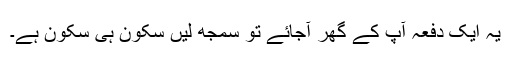
یہ ایک دفعہ آپ کے گھر آجائے تو سمجھ لیں سکون ہی سکون ہے۔